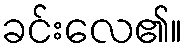
ခင်းလေ၏။